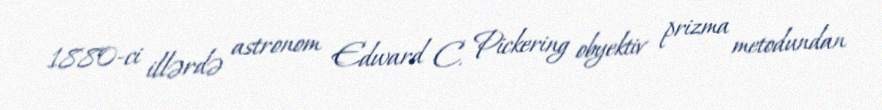
1880-ci illərdə astronom Edward C. Pickering obyektiv prizma metodundan